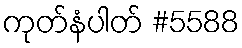
ကုတ်နံပါတ် #5588